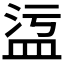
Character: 𥁡